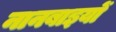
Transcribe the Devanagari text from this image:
नानबाइयों